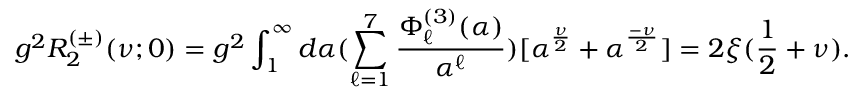
g ^ { 2 } R _ { 2 } ^ { ( \pm ) } ( \nu ; 0 ) = g ^ { 2 } \int _ { 1 } ^ { \infty } d \alpha ( \sum _ { \ell = 1 } ^ { 7 } \frac { \Phi _ { \ell } ^ { ( 3 ) } ( \alpha ) } { \alpha ^ { \ell } } ) [ \alpha ^ { \frac { \nu } { 2 } } + \alpha ^ { \frac { - \nu } { 2 } } ] = 2 \xi ( \frac { 1 } { 2 } + \nu ) .